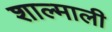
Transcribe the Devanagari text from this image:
शाल्माली